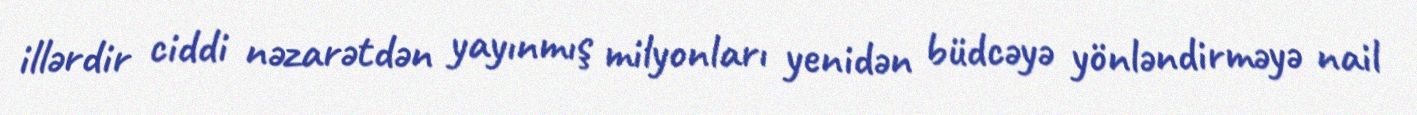
illərdir ciddi nəzarətdən yayınmış milyonları yenidən büdcəyə yönləndirməyə nail